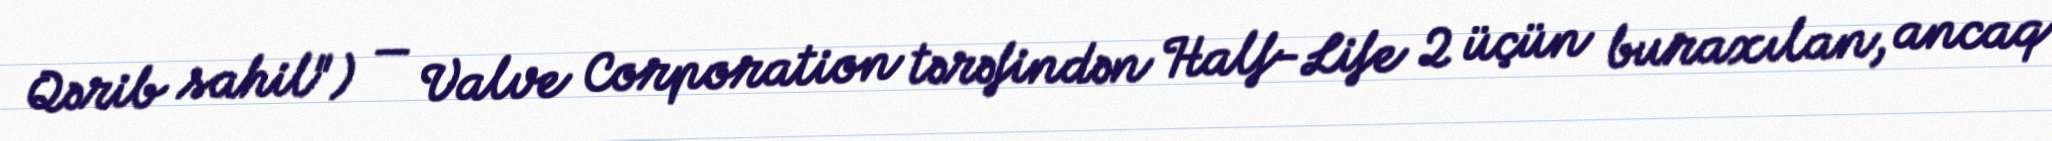
Qərib sahil") — Valve Corporation tərəfindən Half-Life 2 üçün buraxılan, ancaq